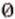
0